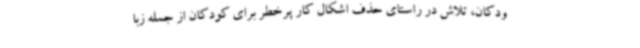
ودکان، تلاش در راستای حذف اشکال کار پرخطر برای کودکان از جمله زبا